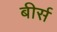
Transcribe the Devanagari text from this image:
बीर्स